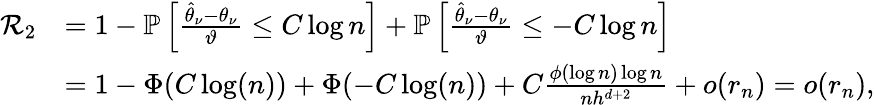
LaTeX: \begin{array}{rl}{\mathcal{R}_{2}}&{=1-\mathbb{P}\left[\frac{\widehat{\theta}_{\nu}-\theta_{\nu}}{\vartheta}\leq C\log n\right]+\mathbb{P}\left[\frac{\widehat{\theta}_{\nu}-\theta_{\nu}}{\vartheta}\leq-C\log n\right]}\\ &{=1-\Phi(C\log(n))+\Phi(-C\log(n))+C\frac{\phi(\log n)\log n}{nh^{d+2}}+o(r_{n})=o(r_{n}),}\end{array}